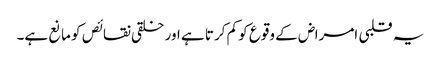
یہ قلبی امراض کے وقوع کو کم کرتا ہے اور خلقی نقائص کو مانع ہے۔